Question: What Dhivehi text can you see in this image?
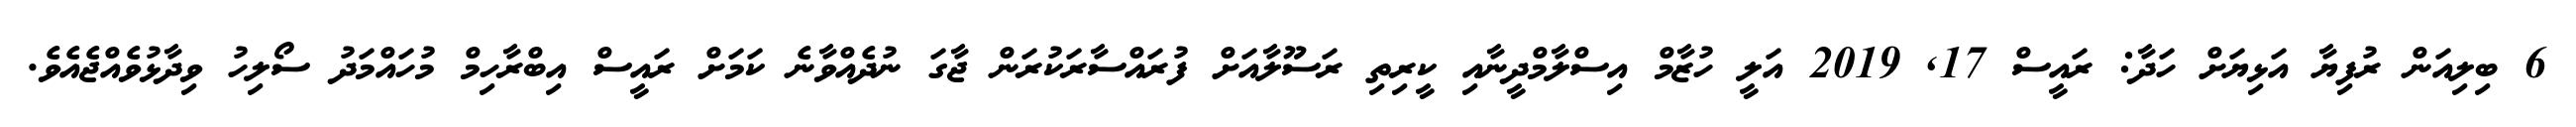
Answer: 6 ބިލިއަން ރުފިޔާ އަޅިޔަށް ހަދާ: ރައީސް 17, 2019 އަލީ ހުޒާމް އިސްލާމްދީނާއި ކީރިތި ރަސޫލާއަށް ފުރައްސާރަކުރަން ޖާގަ ނުދެއްވާނެ ކަމަށް ރައީސް އިބްރާހިމް މުހައްމަދު ސޯލިހު ވިދާޅުވެއްޖެއެވެ.